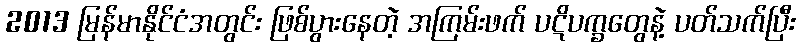
2013 မြန်မာနိုင်ငံအတွင်း ဖြစ်ပွားနေတဲ့ အကြမ်းဖက် ပဋိပက္ခတွေနဲ့ ပတ်သက်ပြီး